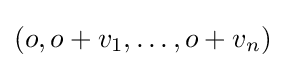
\left(o,o+v_{1},\dots ,o+v_{n}\right)